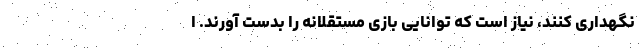
نگهداری کنند،‌ نیاز است که توانایی بازی مستقلانه را بدست آورند. ا